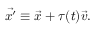
\vec { x ^ { \prime } } \equiv \vec { x } + \tau ( t ) \vec { v } .